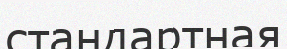
стандартная